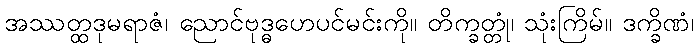
အဿတ္ထဒုမရာဇံ၊ ညောင်ဗုဒ္ဓဟေပင်မင်းကို။ တိက္ခတ္တုံ၊ သုံးကြိမ်။ ဒက္ခိဏံ၊